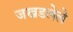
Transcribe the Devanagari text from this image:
जखडलेले